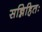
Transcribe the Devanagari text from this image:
सन्निहितः